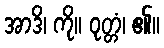
အာဒိ၊ ကို။ ဝုတ္တံ၊ ၏။